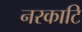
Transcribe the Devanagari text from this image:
नरकाटि